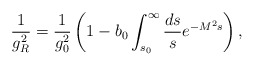
\begin{align*}\frac{1}{g_R^2}=\frac{1}{g_0^2}\left(1-b_0\int_{s_0}^\infty\frac{ds}{s}e^{-M^2s}\right),\end{align*}